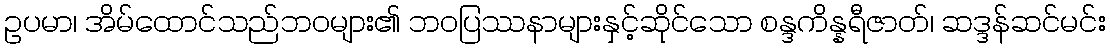
ဥပမာ၊ အိမ်ထောင်သည်ဘဝများ၏ ဘဝပြဿနာများနှင့်ဆိုင်သော စန္ဒကိန္နရီဇာတ်၊ ဆဒ္ဒန်ဆင်မင်း